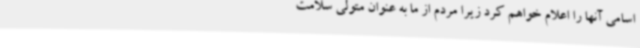
اسامی آنها را اعلام خواهم کرد زیرا مردم از ما به عنوان متولی سلامت